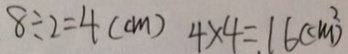
8 \div 2 = 4 ( c m ) 4 \times 4 = 1 6 ( c m ^ { 2 } )